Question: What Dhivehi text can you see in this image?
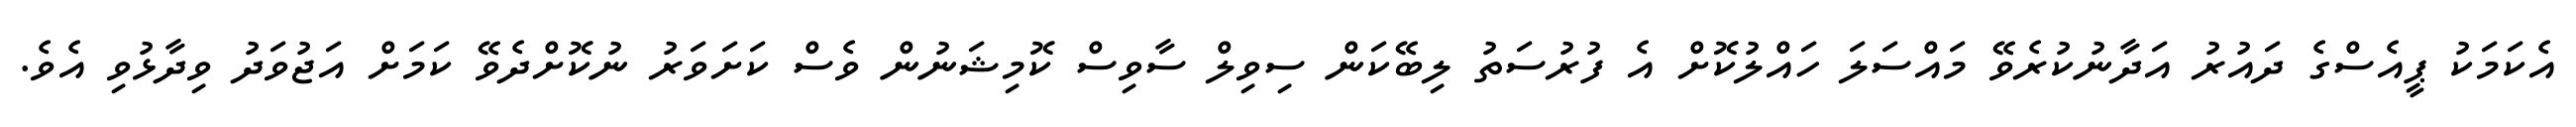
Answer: އެކަމަކު ޕީއެސްގެ ދައުރު އަދާނުކުރެވޭ މައްސަލަ ހައްލުކޮށް އެ ފުރުސަތު ލިބޭކަން ސިވިލް ސާވިސް ކޮމިޝަނުން ވެސް ކަށަވަރު ނުކޮށްދެވޭ ކަމަށް އަޖުވަދު ވިދާޅުވި އެވެ.